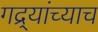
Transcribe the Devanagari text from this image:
गद्र्‍यांच्याच